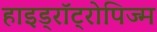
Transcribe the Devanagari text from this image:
हाइड्रॉट्रोपिज्म